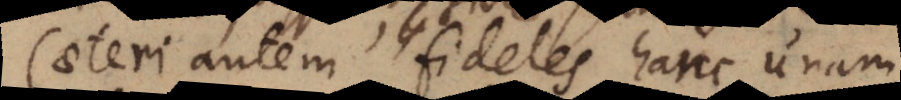
Caeteri autem fideles hanc unam